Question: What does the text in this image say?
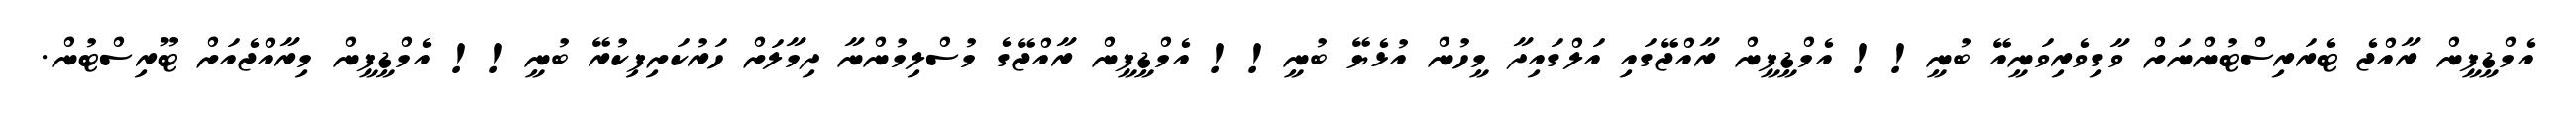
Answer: އެމްޑީޕީން ރާއްޖެ ޓެރަރިސްޓުންނަށް ވާގިވެރިވަނީއޭ ބުނީ!! އެމްޑީޕީން ރާއްޖޭގައި އަލްގައިދާ މީހުން އުޅެޔޭ ބުނީ!! އެމްޑީޕީން ރާއްޖޭގެ މުސްލިމުންނާ ދިމާލަށް ހަރުކަށިފިކުރޭ ބުނީ!! އެމްޑީޕީން މިރާއްޖެއަށް ޓޫރިސްޓުން.